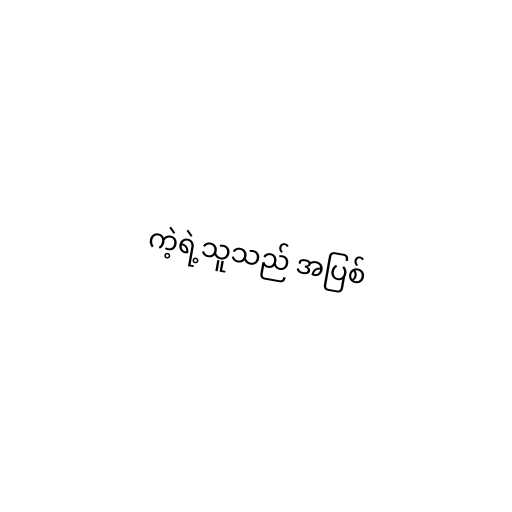
ကဲ့ရဲ့သူသည် အပြစ်